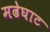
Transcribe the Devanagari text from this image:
मढेघाट